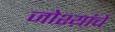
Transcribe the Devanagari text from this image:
जोश्य़ांचे